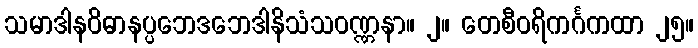
သမာဒါနဝိဓာနပ္ပဘေဒဘေဒါနိသံသဝဏ္ဏနာ။ ၂။ တေစီဝရိကင်္ဂကထာ ၂၅။